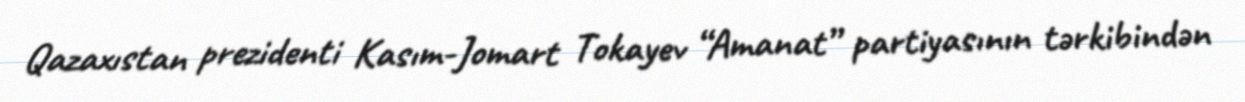
Qazaxıstan prezidenti Kasım-Jomart Tokayev “Amanat” partiyasının tərkibindən